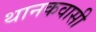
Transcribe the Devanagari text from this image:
थानकवासी